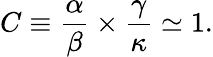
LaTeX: C\equiv\frac{\alpha}{\beta}\times\frac{\gamma}{\kappa}\simeq 1.